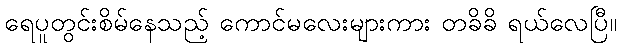
ရေပူတွင်းစိမ်နေသည့် ကောင်မလေးများကား တခိခိ ရယ်လေပြီ။